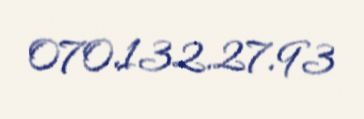
070.132.27.93